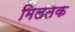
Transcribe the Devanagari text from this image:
मिलतक